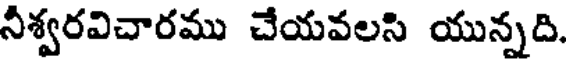
నీశ్వరవిచారము చేయవలసి యున్నది.